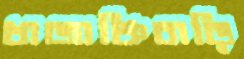
খাজাঞ্চিবাড়ি